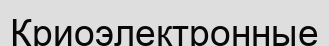
Криоэлектронные